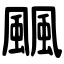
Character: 䬕